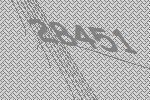
28451